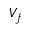
V _ { f }